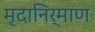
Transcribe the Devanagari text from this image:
मृदानिर्माण